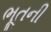
ભૂતની